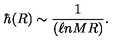
\hbar ( R ) \sim \frac { 1 } { ( \ell n M R ) } .